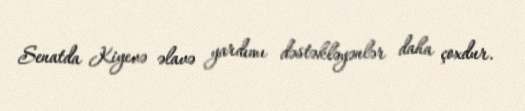
Senatda Kiyevə əlavə yardımı dəstəkləyənlər daha çoxdur.